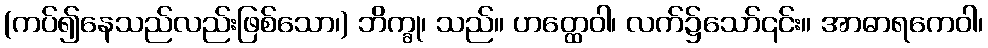
(ကပ်၍နေသည်လည်းဖြစ်သော၊) ဘိက္ခု၊ သည်။ ဟတ္ထေဝါ၊ လက်၌သော်၎င်း။ အာဓာရကေဝါ၊